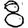
Digit: 8